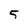
Character: 5